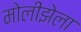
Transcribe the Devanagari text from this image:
मोलीझेला